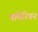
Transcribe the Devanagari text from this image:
मॉमेरियन